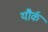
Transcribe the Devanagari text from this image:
यौर्क